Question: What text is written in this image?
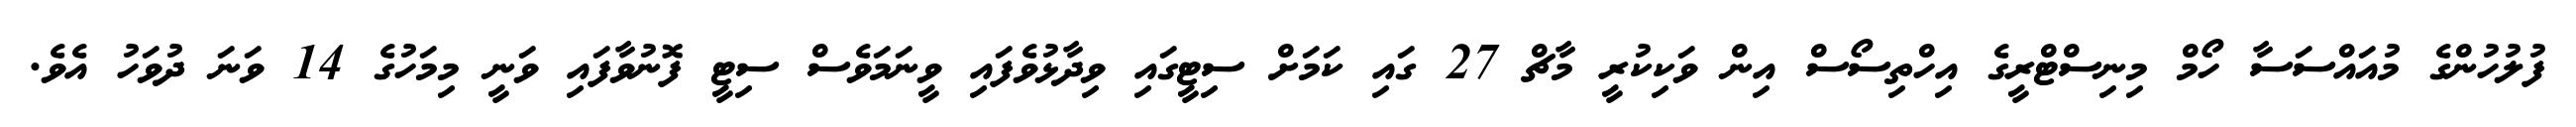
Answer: ފުލުހުންގެ މުއައްސަސާ ހޯމް މިނިސްޓްރީގެ އިހްތިސޯސް އިން ވަކިކުރީ މާޗް 27 ގައި ކަމަށް ސިޓީގައި ވިދާޅުވެފައި ވީނަމަވެސް ސިޓީ ފޮނުވާފައި ވަނީ މިމަހުގެ 14 ވަނަ ދުވަހު އެވެ.